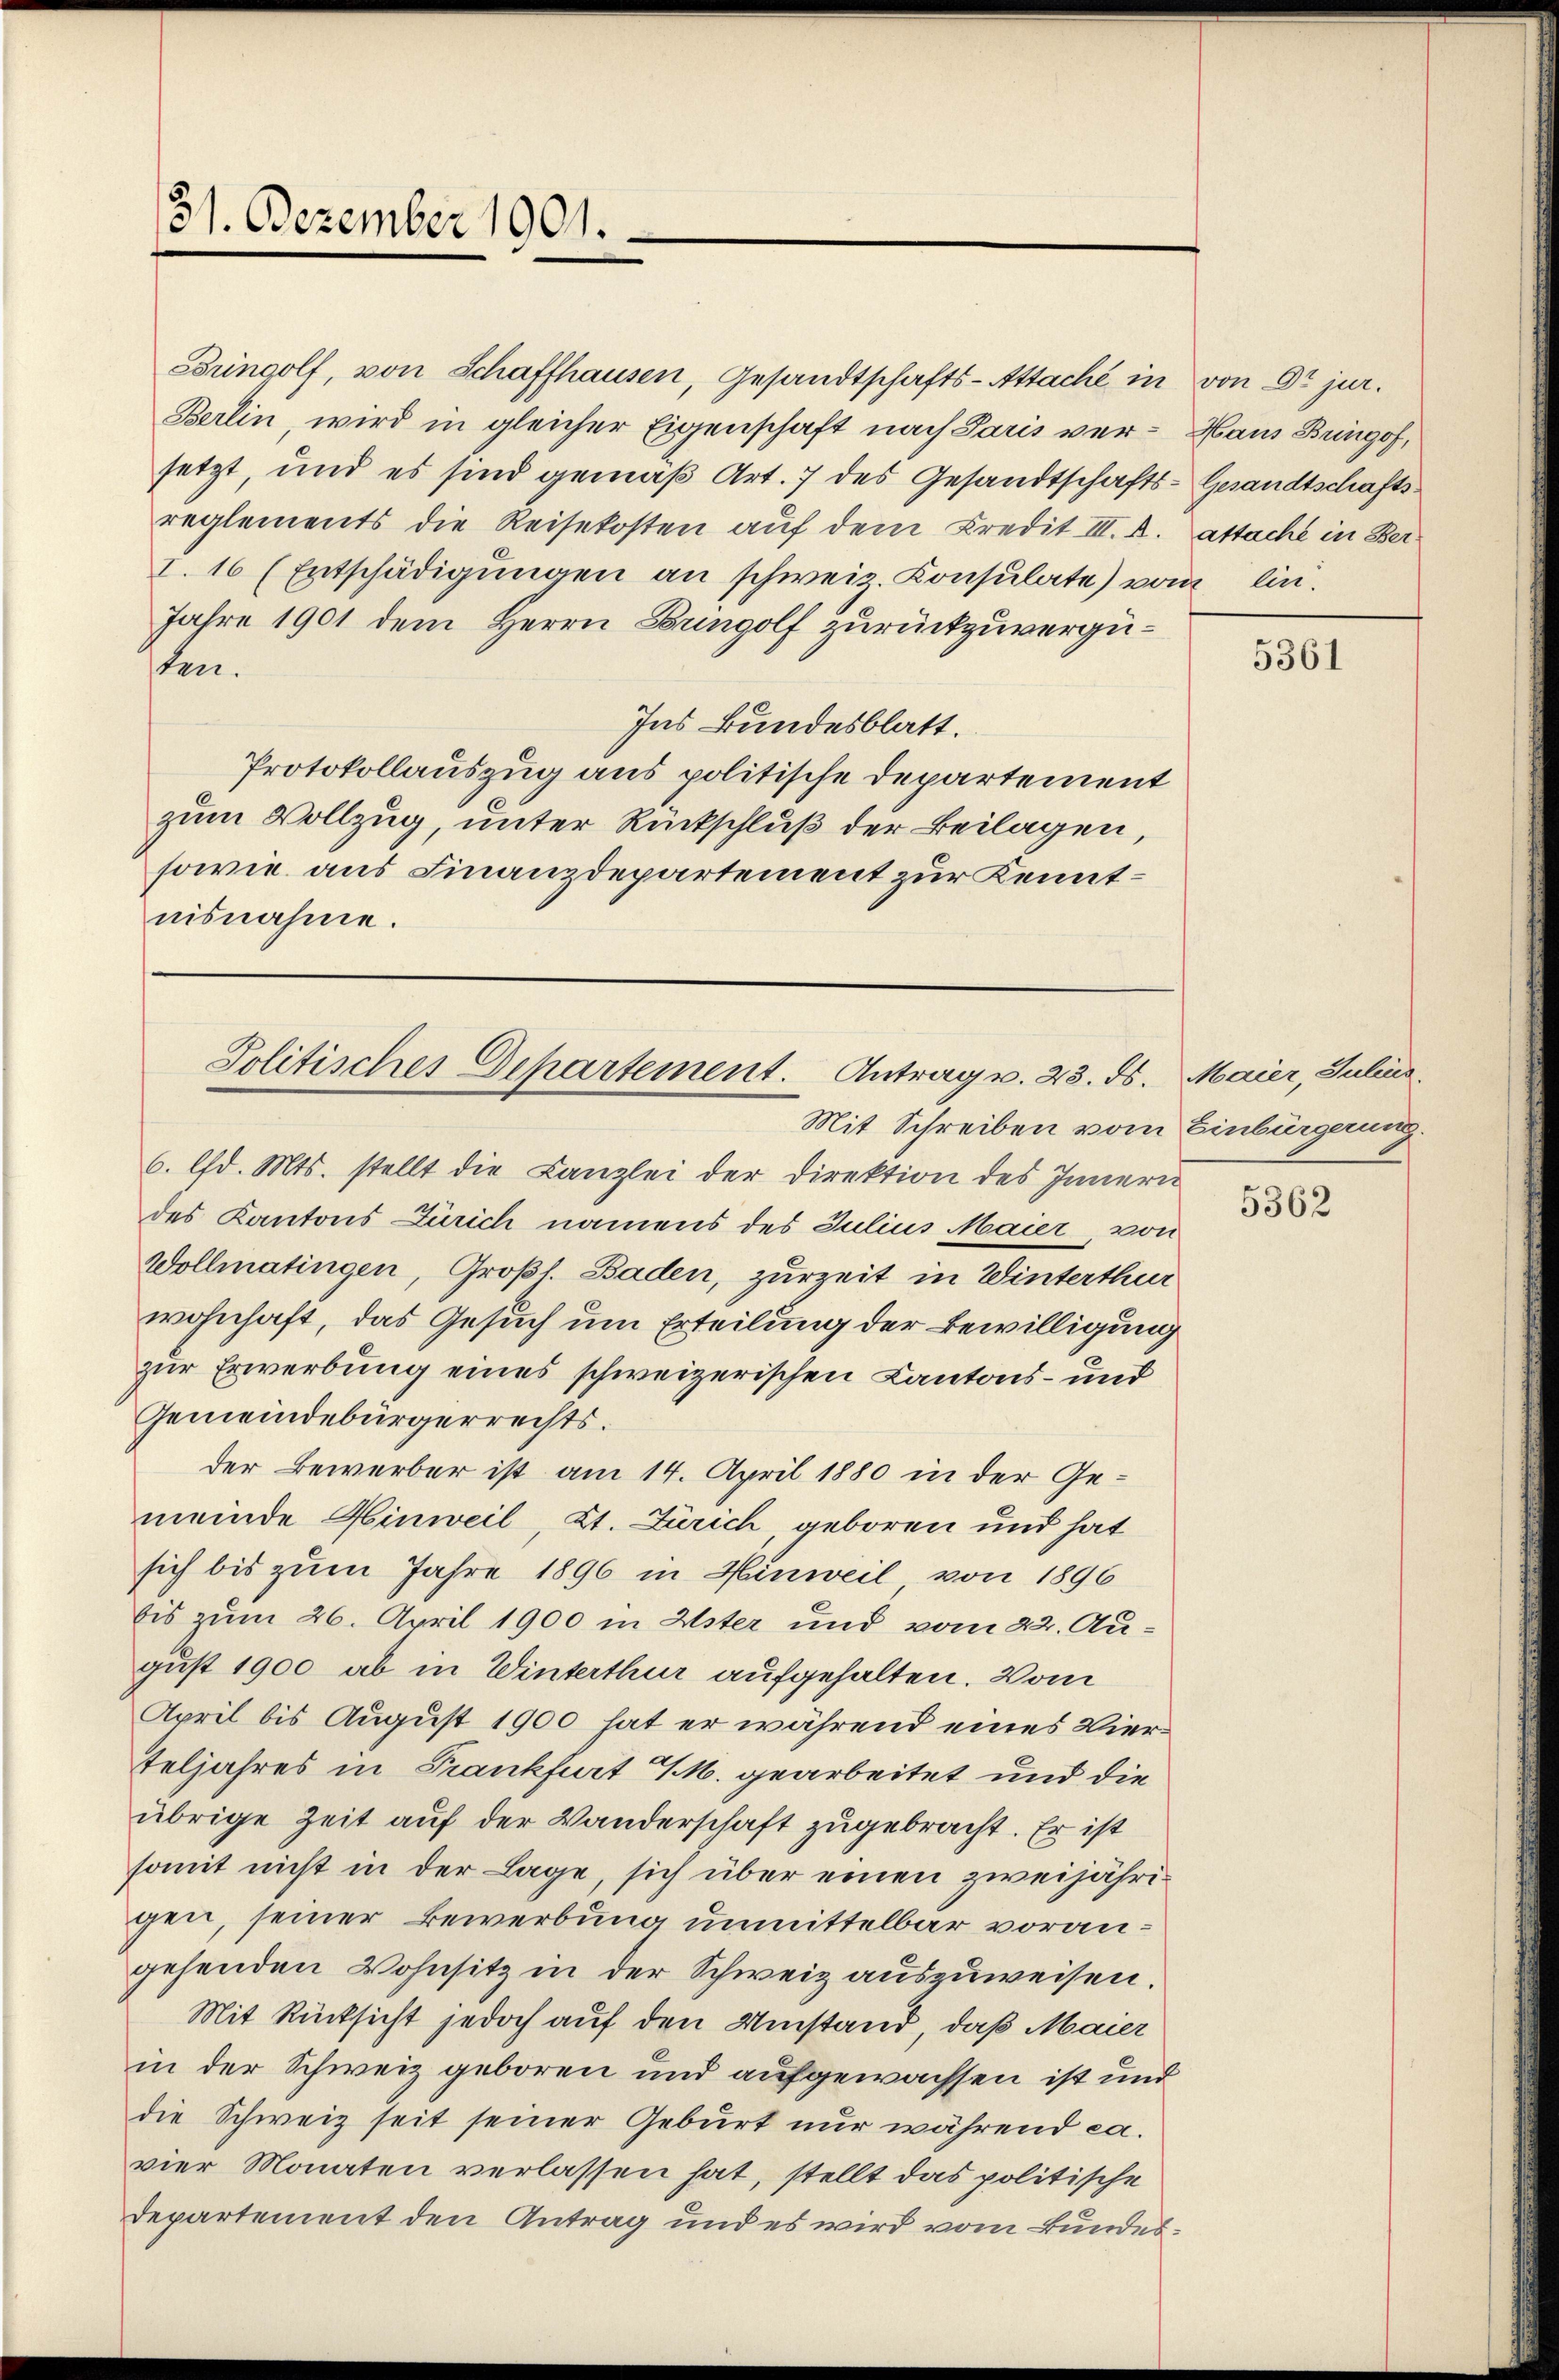
Bringolf, von Schaffhausen, Gesandtschafts-Attaché in von Dr jur.
Berlin, wird in gleicher Eigenschaft nach Paris ver-Haus Bingof,
setzt, und es sind gemäß Art. 7 des Gesandtschafts-Gesandtschaftsreglements die Reisekosten auf dem Kredit III. B.
I. 16 (Entschädigŭngen an schweiz. Konsulate) vom lin.
Jahre 1901 dem Herrn Bringolf Zurückzuvergüten.
Ins Bundesblatt.
Protokollauszug aus politische Departement
zum Vollzug, unter Rückschluß der Beilagen,
sowie aus Finanzdepartement zur Kenntnisnahme.

31. Dezember 1901.

Politisches Departement. Antrag v. 23. ds. Maier, Julius

Mit Schreiben vom Einbürgerung.
6. lfd. Mts. stellt die Kanzlei der Direktion des Innern
des Kantons Zürich namens des Julius Maier, von
Wollmatingen, Großl. Baden, zurzeit in Winterthur
wohnhaft, das Gesuch um Erteilung der Bewilligung
zur Erwerbung eines schweizerischen Kantons- und
Gemeindebürgerrechts.
der Bewerber ist am 14. April 1880 in der Gemeinde Hinweil Kt. Zürich, geboren und hat
sich bis zum Jahre 1896 in Hinweil von 1896
bis zum 26. April 1900 in Uster und vom 22. August 1900 ab in Winterthur aufgehalten. Vom
April bis August 1900 hat er während eines Vierteljahres in Frankfurt M. gearbeitet und die
übrige Zeit auf der Wanderschaft zugebracht. Er ist
somit nicht in der Lage, sich über einen zweijährigen, seiner Bewerbung unmittelbar vorangehenden Wohnsitz in der Schweiz auszuweisen.
Mit Rücksicht jedoch auf den Umstand, daß Maier
in der Schweiz geboren und aufgewachsen ist und
die Schweiz seit seiner Geburt nur während ca.
vier Monaten verlassen hat, stellt das politische
Departement den Antrag und es wird vom Bundes¬

attache in Ber¬

5361

5362